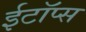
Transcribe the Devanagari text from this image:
ईटॉप्स